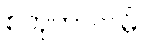
စတုတာလမ္ပိ